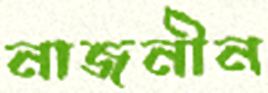
নাজনীন